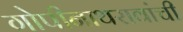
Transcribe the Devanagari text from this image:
गोपीनाथरावांची